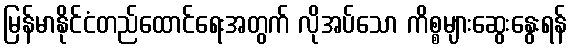
မြန်မာနိုင်ငံတည်ထောင်ရေးအတွက် လိုအပ်သော ကိစ္စများဆွေးနွေးရန်